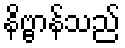
နိဗ္ဗာန်သည်